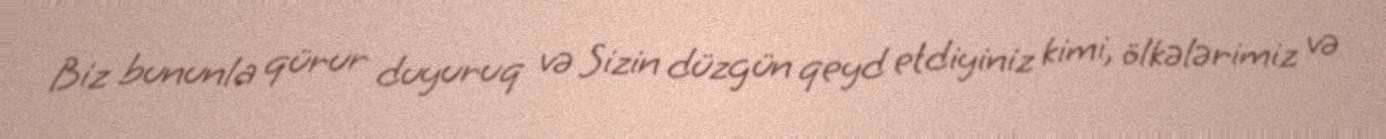
Biz bununla qürur duyuruq və Sizin düzgün qeyd etdiyiniz kimi, ölkələrimiz və